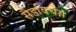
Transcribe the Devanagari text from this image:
सैंडविचेस